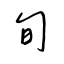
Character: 旬